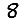
Digit: 8